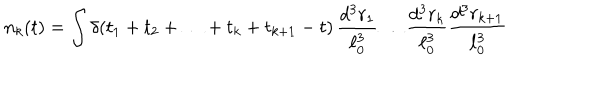
n _ { k } ( t ) = \int \delta ( t _ { 1 } + t _ { 2 } + \ldots + t _ { k } + t _ { k + 1 } - t ) \, \frac { d ^ { 3 } r _ { 1 } } { \ell _ { 0 } ^ { 3 } } \ldots \frac { d ^ { 3 } r _ { k } } { \ell _ { 0 } ^ { 3 } } \frac { d ^ { 3 } r _ { k + 1 } } { \ell _ { 0 } ^ { 3 } }